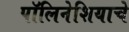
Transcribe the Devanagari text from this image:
पॉलिनेशियाचे